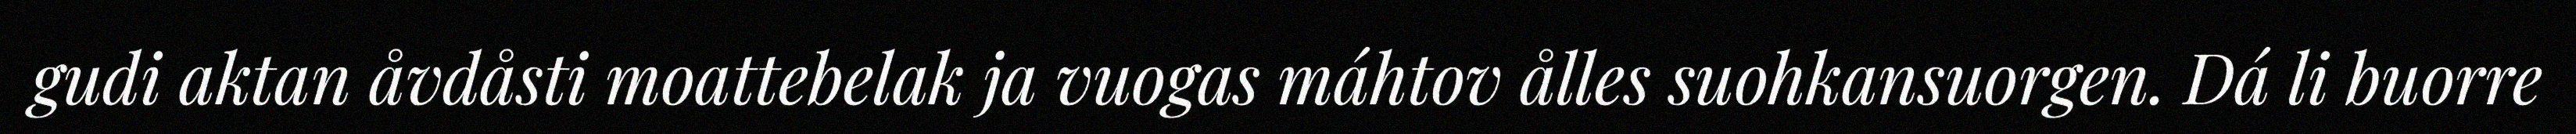
gudi aktan åvdåsti moattebelak ja vuogas máhtov ålles suohkansuorgen. Dá li buorre